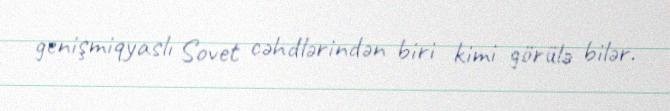
genişmiqyaslı Sovet cəhdlərindən biri kimi görülə bilər.